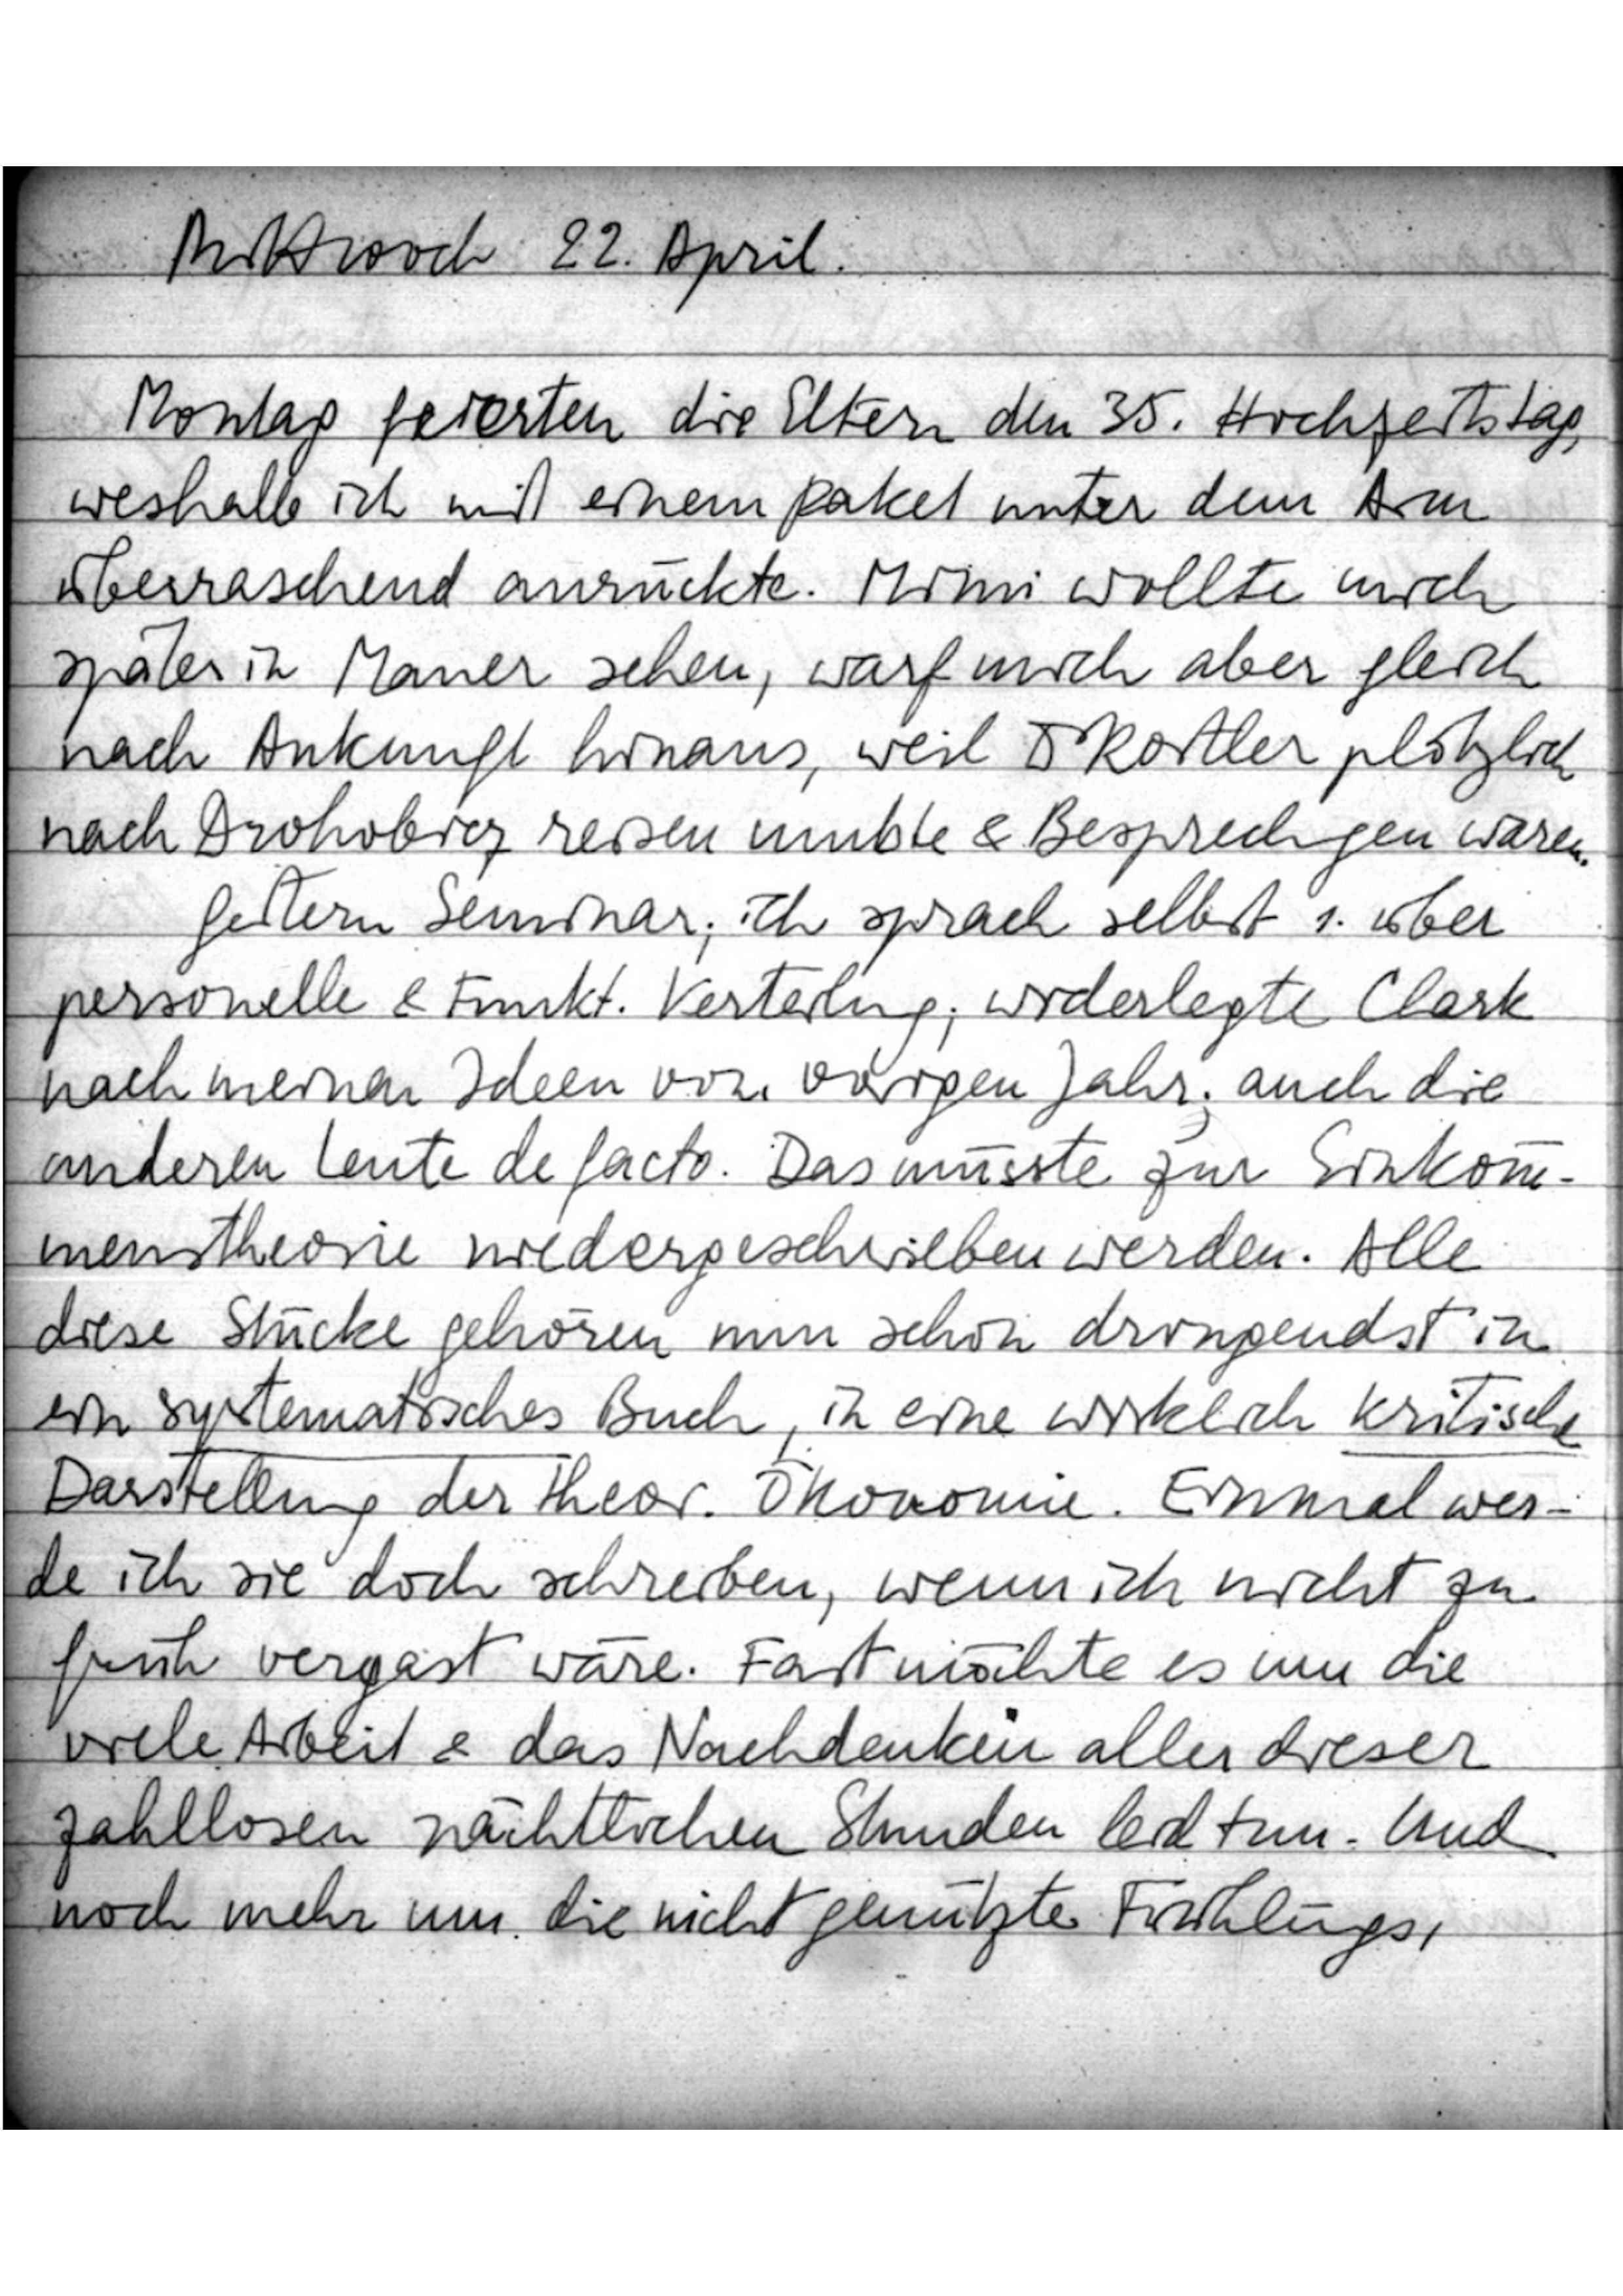
Mittwoch, 22. April.
Montag feierten die Eltern den 35. Hochzeitstag
weshalb ich mit einem Paket unter dem Arm
überraschend anrückte. Mimi wollte mich
später in Mauer sehen, warf mich aber gleich
nach Ankunft hinaus, weil Dr. Roitler plötzlich
nach Drohobicz reisen mußte & Besprechungen waren.
Gestern Seminar; ich sprach selbst 1. über
personelle & Funkt. Verteilung; widerlegte Clark
nach meinen Ideen vom vorigen Jahr; auch die
anderen Leute de facto. Das müsste zur Einkom
menstheorie niedergeschrieben werden. Alle
diese Stücke gehören nun schon dringendst in
ein systematisches Buch, in eine wirklich kritische
Darstellung der theor. Ökonomie. Einmal wer
de ich sie doch schreiben, wenn ich nicht zu
früh vergast wäre. Fast möchte es um die
viele Arbeit & das Nachdenken aller dieser
zahllosen nächtlichen Stunden leid tun. Und
noch mehr um die nicht genützte Frühlings,